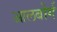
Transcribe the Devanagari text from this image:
आलबोर्ग